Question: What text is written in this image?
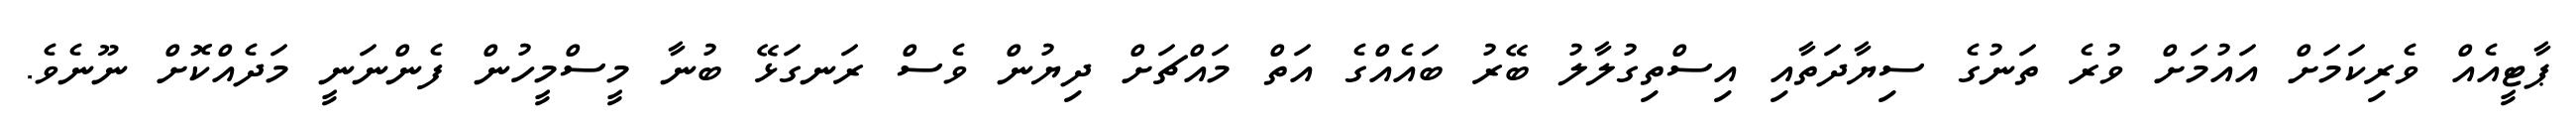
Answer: ޕާޓީއެއް ވެރިކަމަށް އައުމަށް ވުރެ ތަނުގެ ސިޔާދަތާއި އިސްތިގުލާލު ބޭރު ބައެއްގެ އަތް މައްޗަށް ދިޔުން ވެސް ރަނގަޅޭ ބުނާ މީސްމީހުން ފެންނަނީ މަދެއްކޮށް ނޫނެވެ.